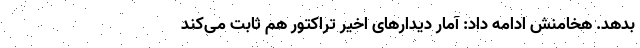
بدهد. هخامنش ادامه داد: آمار دیدارهای اخیر تراکتور هم ثابت می‌کند